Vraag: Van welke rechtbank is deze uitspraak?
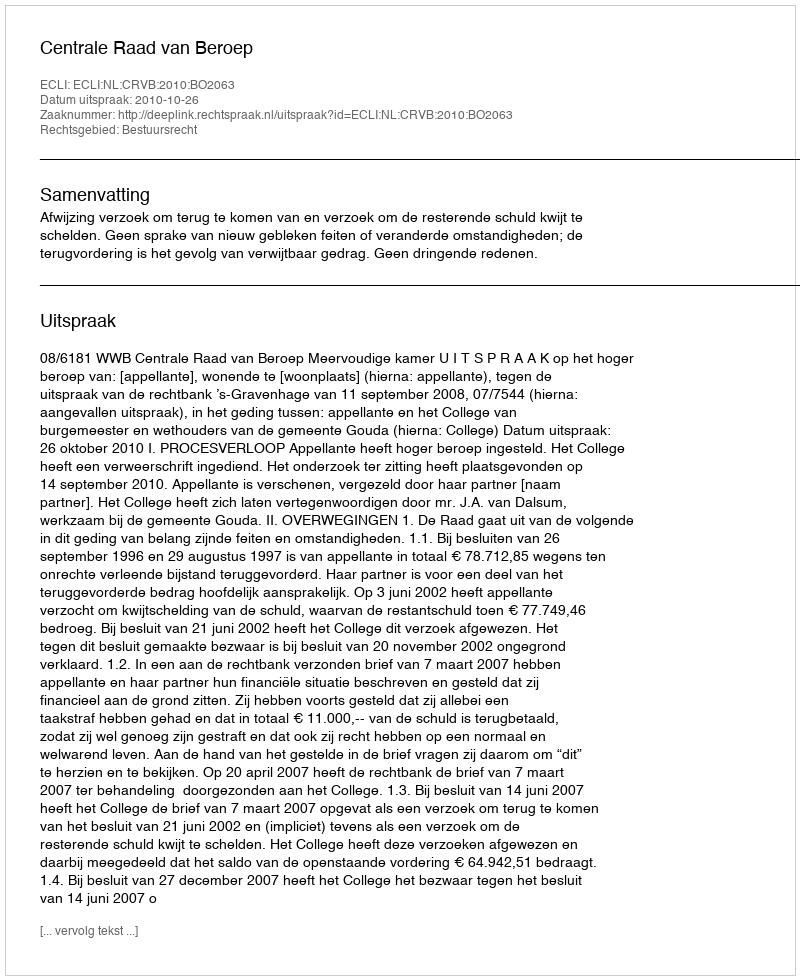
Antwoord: Centrale Raad van Beroep